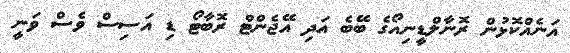
އަނެއްކޮޅުން ރޮނާލްޑީނިއޯގެ ބޭބެ އަދި އޭޖެންޓް ރޮބާޓޯ ޑި އަސިސް ވެސް ވަނީ